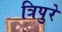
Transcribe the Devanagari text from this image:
त्रिपुरे